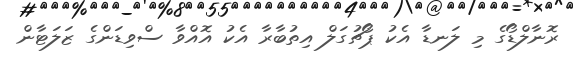
ރޮނާލްޑޯގެ މި ލަނޑާ އެކު ޕޯޗުގަލް އިތުބާރާ އެކު އޮއްވާ ސްވިޑަންގެ ޒަލަޓާން